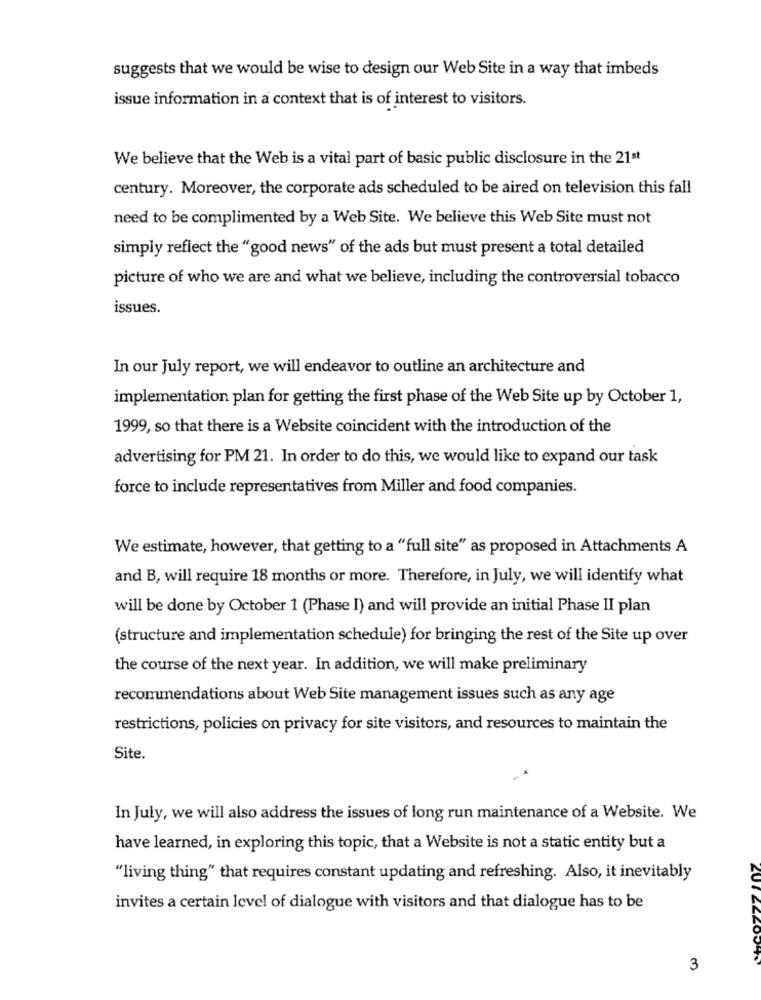
suggests that we would be wise to design our Web Site in a way that imbeds
issue information in a context that is of interest to visitors.
We believe that the Web is a vital part of basic public disclosure in the 21st
century. Moreover, the corporate ads scheduled to be aired on television this fall
need to be complimented by a Web Site. We believe this Web Site must not
simply reflect the "good news" of the ads but must present a total detailed
picture of who we are and what we believe, including the controversial tobacco
issues.
In our July report, we will endeavor to outline an architecture and
implementation plan for getting the first phase of the Web Site up by October 1,
1999, so that there is a Website coincident with the introduction of the
advertising for PM 21. In order to do this, we would like to expand our task
force to include representatives from Miller and food companies.
We estimate, however, that getting to a "full site" as proposed in Attachments A
and B, will require 18 months or more. Therefore, in July, we will identify what
will be done by October 1 (Phase I) and will provide an initial Phase II plan
(structure and implementation schedule) for bringing the rest of the Site up over
the course of the next year. In addition, we will make preliminary
recommendations about Web Site management issues such as any age
restrictions, policies on privacy for site visitors, and resources to maintain the
Site.
In July, we will also address the issues of long run maintenance of a Website. We
have learned, in exploring this topic, that a Website is not a static entity but a
"living thing" that requires constant updating and refreshing. Also, it inevitably
invites a certain level of dialogue with visitors and that dialogue has to be
ZUTELLOU
3